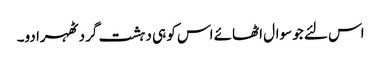
اس لئے جو سوال اٹھائے اس کو ہی دہشت گرد ٹھہرا دو۔